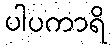
ပါပကာရိ